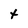
Character: t